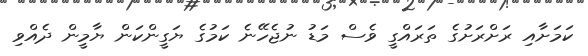
ކަމަށާއި ރަށްރަށުގެ ތަރައްގީ ވެސް މަޑު ނުޖެހޭނެ ކަމުގެ ޔަގީންކަން ޔާމީން ދެއްވި